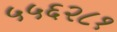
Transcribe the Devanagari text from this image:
५५६२८१